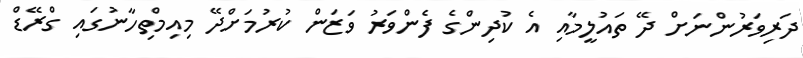
ދަރިވަރުންނަށް ދޭ ތައުލީމާއި އެ ކުދިންގެ ފެންވަރު ވަޒަން ކުރުމަށްދޭ މިއިމްތިހާނުގައި ގްރޭޑް